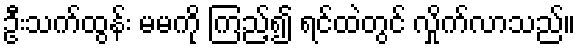
ဦးသက်ထွန်း မမကို ကြည့်၍ ရင်ထဲတွင် လှိုက်လာသည်။